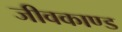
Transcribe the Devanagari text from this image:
जीवकाण्ड